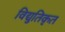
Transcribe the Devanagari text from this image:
विद्युतिकृत